Supplement to the account of plague administration in the Bombay Presidency from September 1896 till May 1897
Year: 1896
Disease focus: Plague
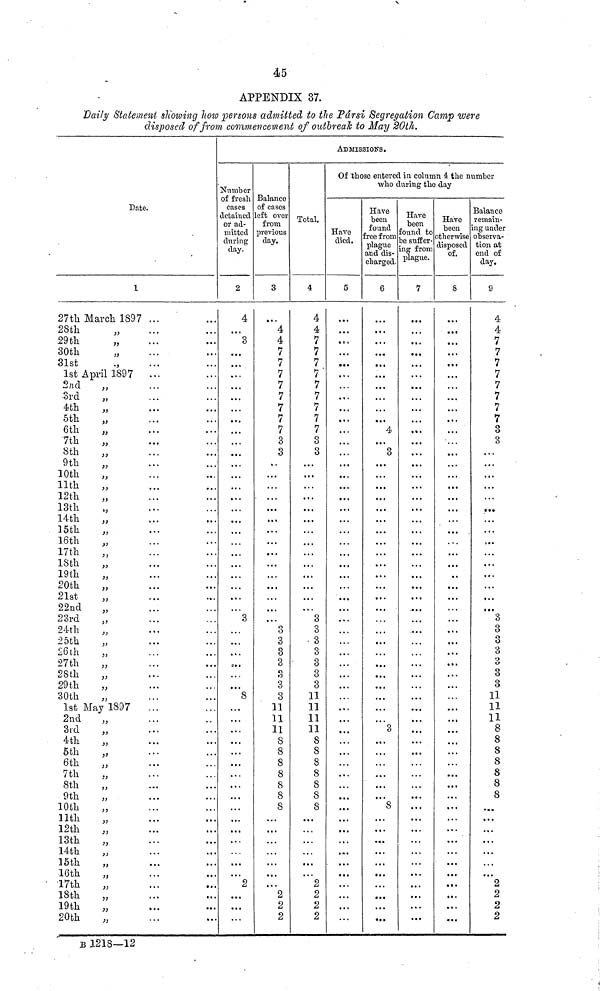
45
APPENDIX 37.
'Daily Statement showing how persons admitted to the Pársi Segregation Camp were
disposed of from commencement of outbreak to May 20th.
Date.
1
27th March 1897
28th
"
29th
"
30th
,,
31st
1st April 1897
2nd
3rd
4th
"
5th
"
6th
"
7th
8th
"
9th
"
10th
"
11th
"
12th
13th
14th
"
15th
16th
17th
"
18th
"
19th
20th
"
21at
"
22nd
23rd
24th
25th
"
26th
"
27th
28th
"
29th
"
30th
"
1st May 1897
2nd
"
3rd
"
4th
5th
6th
"
7th
8th
"
9th
"
10th
"
11th
12th
"
13th
14th
15th
"
16th
"
17th
18th
"
19th
"
20th
...
...
...
• • •
• • .
...
• ••
...
•
•.
. •
. • •
...
...
...
». •
...
...
...
...
...
...
...
...
...
...
...
...
...
• •.
...
...
...
...
,,.
...
...
...
...
...
...
...
...
...
...
• . •
« • •
• •.
• . a
»••
• • .
>»•
...
...
...
...
...
...
...
...
...
« a .
...
• . .
...
...
• • •
• • •
...
...
...
...
...
...
...
...
...
...
...
...
...
. i .
...
...
...
...
...
a « •
• > •
• ••
...
...
...
...
• ••
...
• •a
• *.
B 1218—12
ADMISSIONS.
Number
of fresh
cases
detained
or ad-
mitted
during
day.
2
4
• a a
3
• ••
...
...
. a a
...
...
...
a a .
. . a
...
• • a
...
...
.« •
. . a
...
a . a
...
• •.
...
• a a
a • •
,,,
...
3
...
...
...
...
...
...
8
...
...
...
. a .
• •a
...
...
• a.
• a •
...
...
...
• • a
• • •
...
2
...
...
...
Balance
of cases
left over
from
previous
day.
3
• a .
4
4
7
7
7
7
7
7
7
7
3
3
..
...
...
...
.«•
»•a
• a.
...
• • •
...
a a a
.. •
...
...
...
3
3
3
3
3
3
3
11
11
11
8
8
8
8
8
8
8
....
...
...
...
...
...
• a a
2
2
2
Total.
4
4
4
7
7
7
7'
7
7
7
7
7
3
3
...
a a »
a • •
...
...
...
...
a a a
• • .
...
...
...
...
• a .
3
3
3
3
3
3
3
11
11
11
11
8
8
8
8
8
8
8
...
• . a
...
...
• a.
...
2
2
2
2
Of those entered in column 4 the number
who during the day
Have
died.
5
...
• ••
a a a
• ••
• a .
• a a
,,,
...
• . a
...
a • •
. . a
...
...
...
• a.
...
a ..
...
...
a. a
...
a «a
a . .
...
...
...
...
...
...
• >•
...
a a a
...
• a a
...
• a.
...
...
...
• a .
...
• . .
...
...
.,,
• a.
...
...
• ••
• . a
...
...
...
Have
been
found
free from
plague
and dis-
charged.
6
a«.
. a a
...
• ••
• ••
...
...
...
• ••
4
...
3
...
...
...
...
...
...
...
...
...
...
...
...
...
...
a«.
...
• •a
• . .
...
a«.
...
3
• a.
...
...
...
...
a».
8
...
...
• ••
• •a
...
...
...
• ••
...
• ••
Have
been
Pound to
be suffer-
ing from
7
• ••
...
...
• ••
. a .
...
• • •
...
...
a • .
a».
...
...
• I.
...
...
...
...
...
• a.
...
...
...
...
a a a
...
...
a • a
...
...
t . .
a • •
...
...
...
...
...
...
...
a • •
...
...
...
...
...
...
...
...
...
...
...
,,,
a«.
...
Have
been
otherwise
disposed
of.
8
• ••
...
...
...
...
...
...
...
• a.
...
• • .
• a.
...
.. a
...
«a a
a • •
...
...
...
.,
...
...
• . .
...
. a a
• a.
...
...
.. .
...
. . .
...
...
...
...
...
. . a
• •a
...
• •a
...
...
...
• »a
...
...
• ta
...
...
...
Balance
remain-
ing under
observa-
tion at
end of
day.
9
4
4
7
7
7
7
7
7
7
7
3
3
• a .
...
...
...
• . •
...
...
...
...
...
...
...
...
...
3
3
3
3
3
3
3
11
11
11
8
8
8
8
8
8
8
...
...
...
a a.
• . a
• a a
2
2
2
2